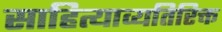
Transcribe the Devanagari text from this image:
साहित्याव्यतिरिक्त